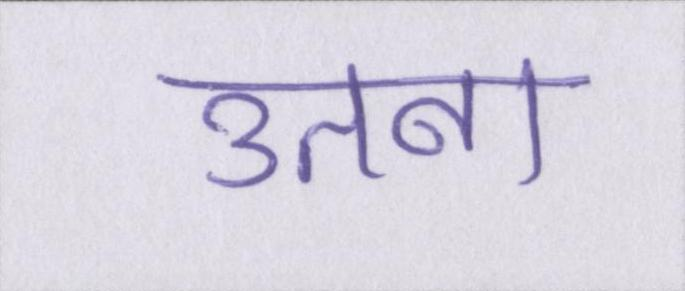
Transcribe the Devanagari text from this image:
उतना